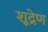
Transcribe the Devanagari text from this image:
शूद्रेण